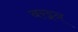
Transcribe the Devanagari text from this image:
बरइन